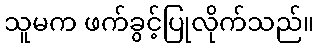
သူမက ဖက်ခွင့်ပြုလိုက်သည်။